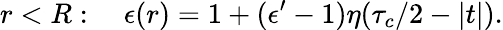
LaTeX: r<R:\quad\epsilon(r)=1+(\epsilon^{\prime}-1)\eta(\tau_{c}/2-|t|).